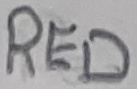
Text: RED